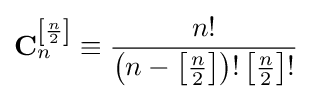
\mathbf {C} _{n}^{\left[{\frac {n}{2}}\right]}\equiv {\frac {n!}{\left(n-\left[{\frac {n}{2}}\right]\right)!\left[{\frac {n}{2}}\right]!}}